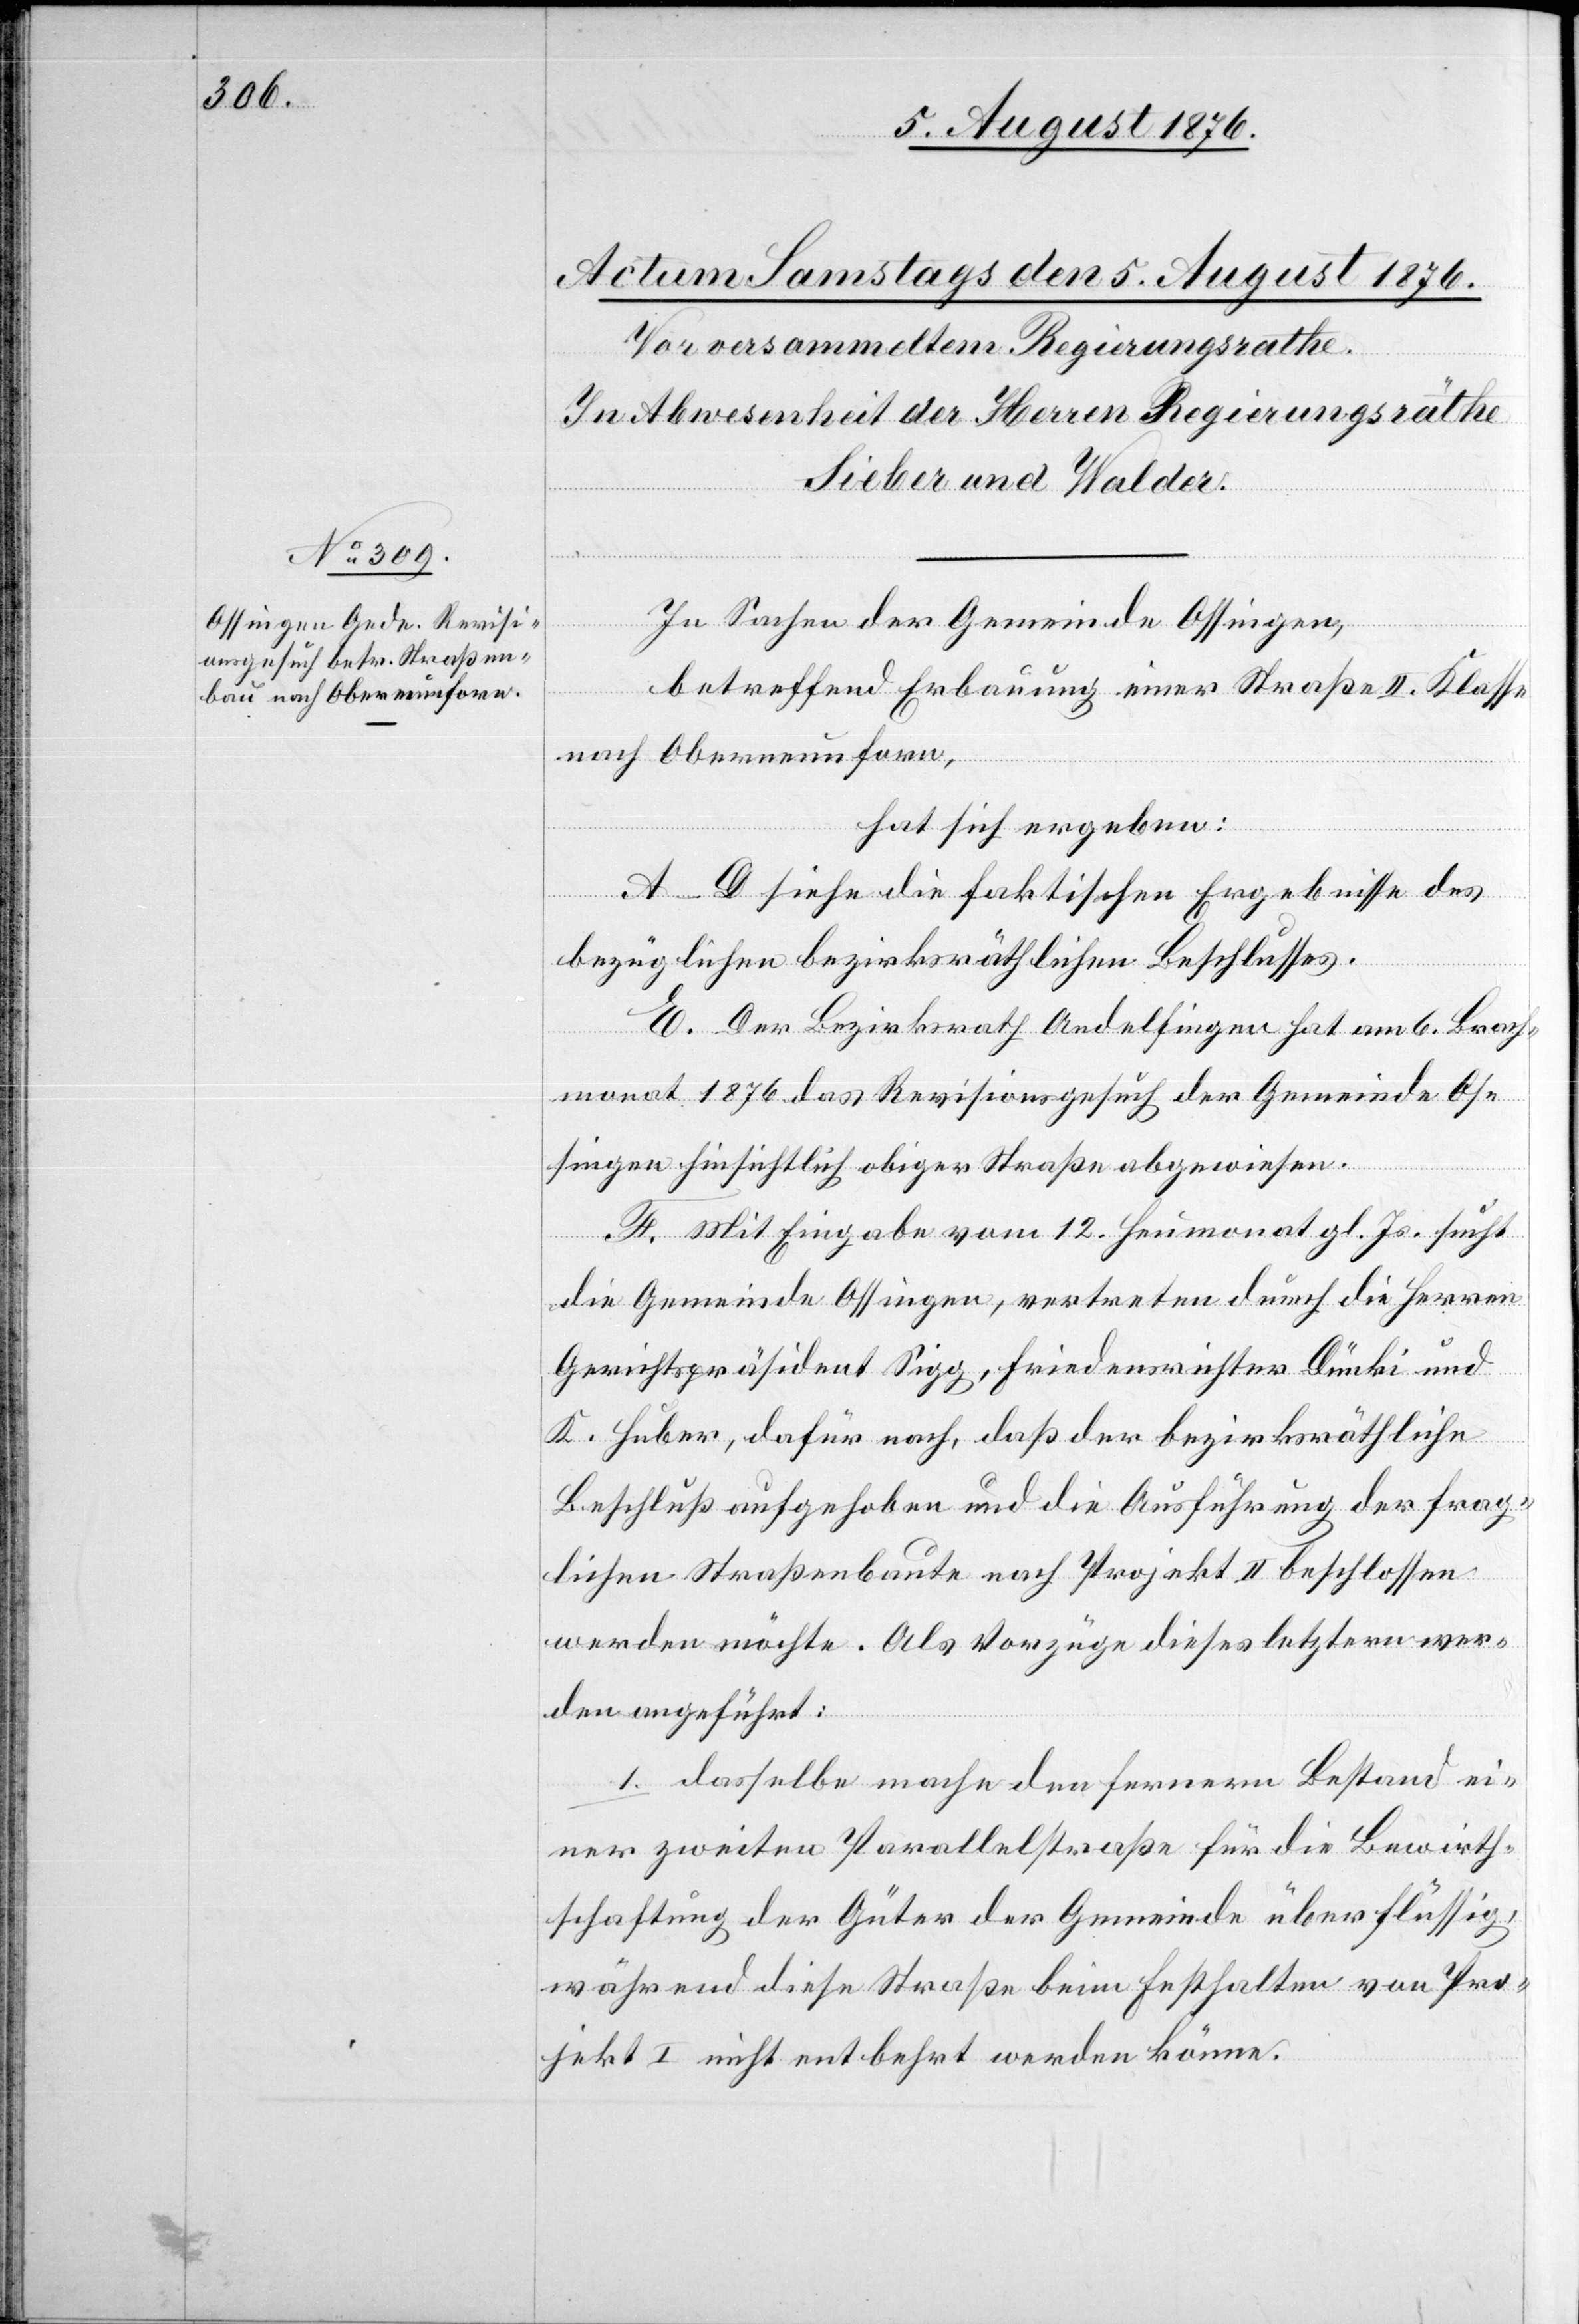
In Sachen der Gemeinde Ossingen,
betreffend Erbauung einer Straße II. Klasse
nach Oberneunforn,
hat sich ergeben:
A–D siehe die faktischen Ergebnisse des
bezüglichen bezirksräthlichen Beschlusses.
E. Der Bezirksrath Andelfingen hat am 6. Brach¬
monat 1876 das Revisionsgesuch der Gemeinde Os¬
singen hinsichtlich obiger Straße abgewiesen.
F. Mit Eingabe vom 12. Heumonat gl. Js. sucht
die Gemeinde Ossingen, vertreten durch die Herren
Gerichtspräsident Sigg, Friedensrichter Dünki und
K. Huber, dafür nach, das der bezirksräthliche
Beschluß aufgehoben und die Ausführung der frag¬
lichen Straßenbaute nach Projekt II beschlossen
werden möchte. Als Vorzüge dieses letztern wer¬
den angeführt:
1. dasselbe mache den fernern Bestand ei¬
ner zweiten Parallelstraße für die Bewirt¬
schaftung der Güter der Gemeinde überflüssig,
während diese Straße beim Festhalten von Pro¬
jekt I nicht entbehrt werden könne.